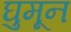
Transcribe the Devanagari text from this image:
घुमून